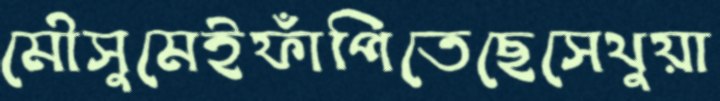
মৌসুমেইফাঁপিতেছেসেথুয়া